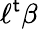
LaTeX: \ell^{\mathsf{t}}\beta